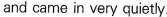
and came in very quietly.